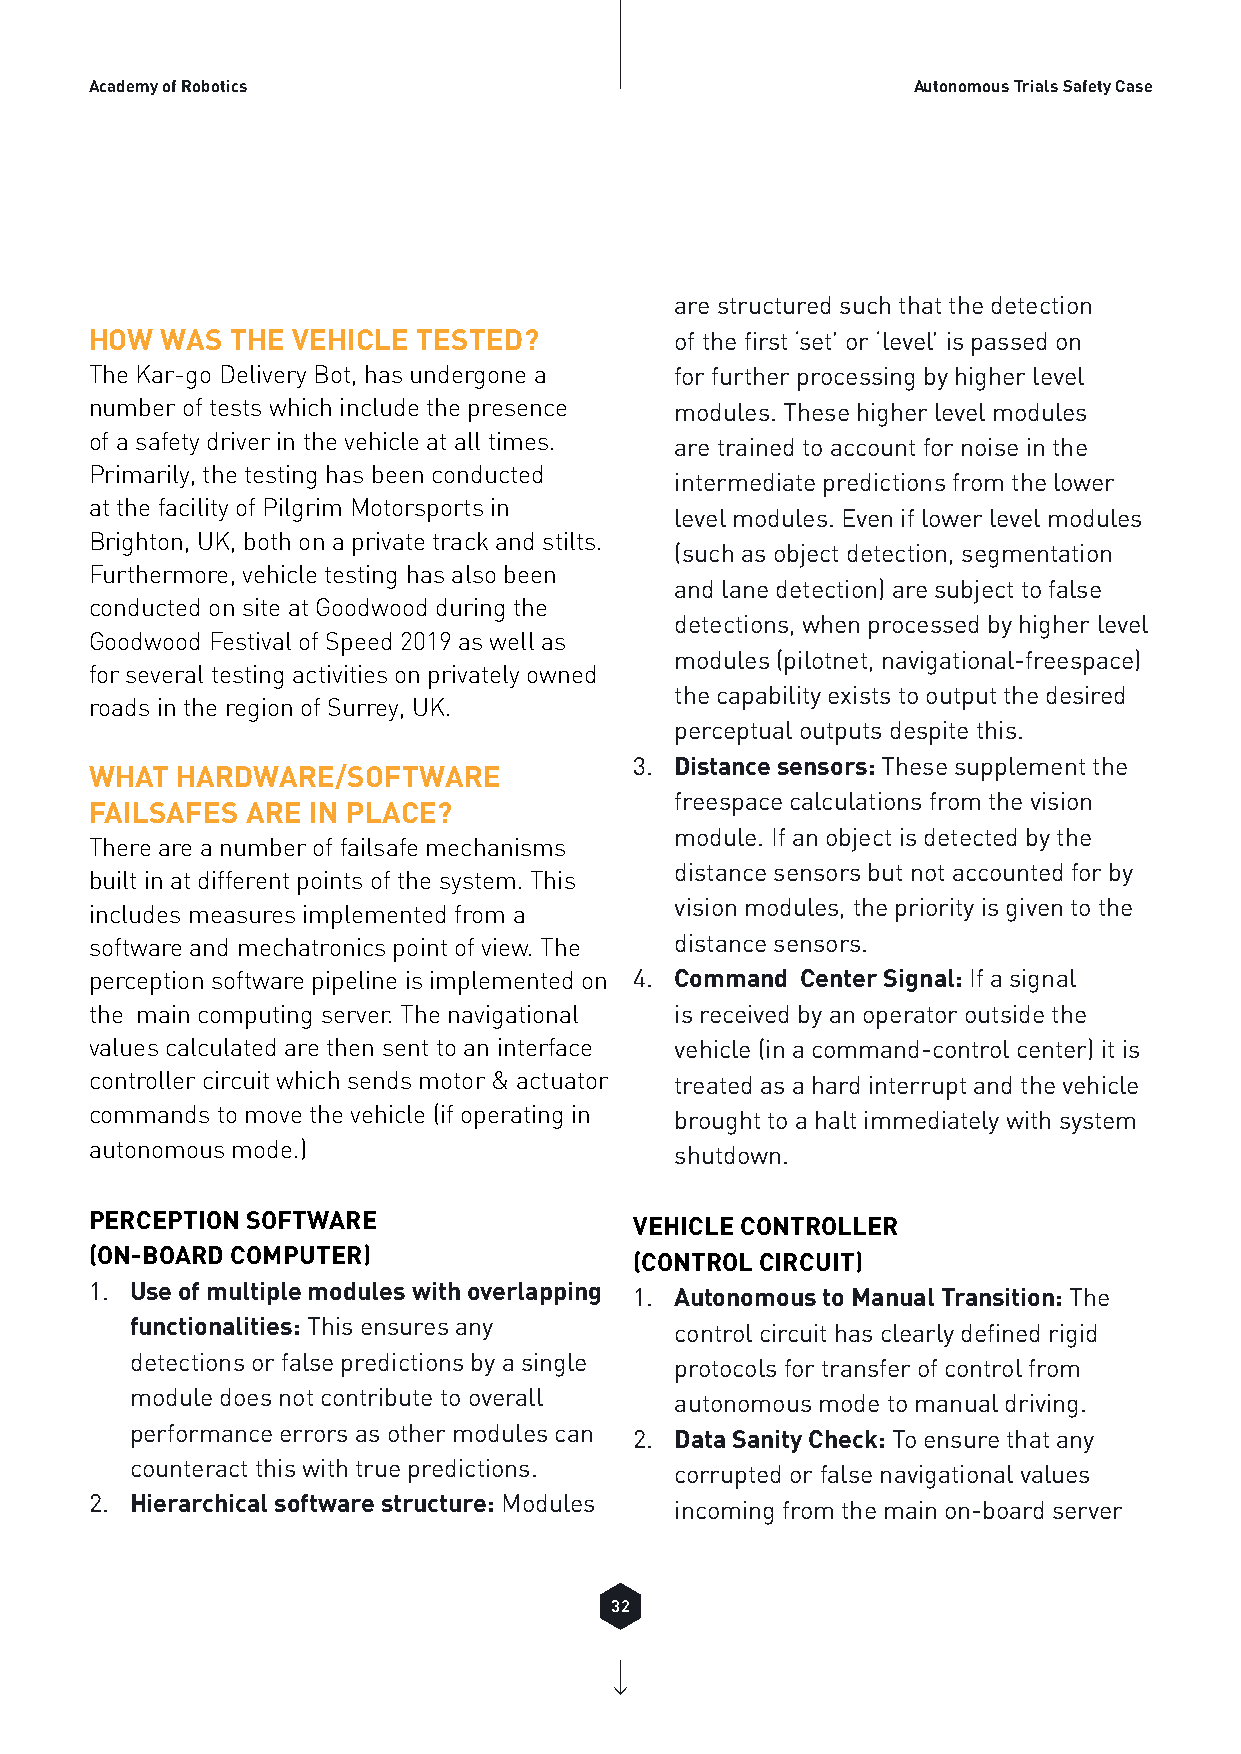
Academy of Robotics                                   Autonomous Trials Safety Case
 are structured such that the detection
 HOW  WAS THE VEHICLE  TESTED?          of the first ‘set’ or ‘level’ is passed on
 The Kar-go Delivery Bot, has undergone a for further processing by higher level
 number of tests which include the presence modules. These higher level modules
 of a safety driver in the vehicle at all times. are trained to account for noise in the
 Primarily, the testing has been conducted
 intermediate predictions from the lower
 at the facility of Pilgrim Motorsports in
 level modules. Even if lower level modules
 Brighton, UK, both on a private track and stilts.
 (such as object detection, segmentation
 Furthermore, vehicle testing has also been
 and lane detection) are subject to false
 conducted on site at Goodwood during the
 detections, when processed by higher level
 Goodwood Festival of Speed 2019 as well as
 modules (pilotnet, navigational-freespace)
 for several testing activities on privately owned
 the capability exists to output the desired
 roads in the region of Surrey, UK.
 perceptual outputs despite this.
 3. Distance sensors: These supplement the
 WHAT  HARDWARE/SOFTWARE
 freespace calculations from the vision
 FAILSAFES ARE IN PLACE?
 module. If an object is detected by the
 There are a number of failsafe mechanisms
 distance sensors but not accounted for by
 built in at different points of the system. This
 vision modules, the priority is given to the
 includes measures implemented from a
 software and mechatronics point of view. The distance sensors.
 perception software pipeline is implemented on 4. Command Center Signal: If a signal
 the main computing server. The navigational is received by an operator outside the
 values calculated are then sent to an interface vehicle (in a command-control center) it is
 controller circuit which sends motor & actuator treated as a hard interrupt and the vehicle
 commands to move the vehicle (if operating in brought to a halt immediately with system
 autonomous mode.)                      shutdown.
 PERCEPTION SOFTWARE                 VEHICLE CONTROLLER
 (ON-BOARD COMPUTER)                 (CONTROL CIRCUIT)
 1. Use of multiple modules with overlapping 1. Autonomous to Manual Transition: The
 functionalities: This ensures any   control circuit has clearly defined rigid
 detections or false predictions by a single protocols for transfer of control from
 module does not contribute to overall autonomous mode to manual driving.
 performance errors as other modules can 2. Data Sanity Check: To ensure that any
 counteract this with true predictions. corrupted or false navigational values
 2. Hierarchical software structure: Modules incoming from the main on-board server
 32